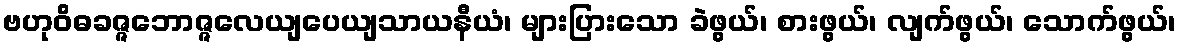
ဗဟုဝိဓခဇ္ဇဘောဇ္ဇလေယျပေယျသာယနီယံ၊ များပြားသော ခဲဖွယ်၊ စားဖွယ်၊ လျက်ဖွယ်၊ သောက်ဖွယ်၊